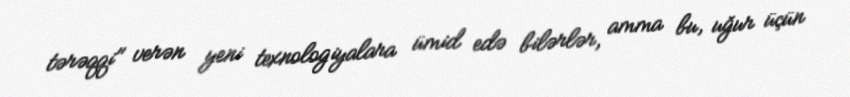
tərəqqi" verən yeni texnologiyalara ümid edə bilərlər, amma bu, uğur üçün